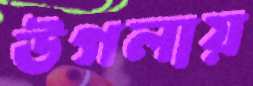
উগলায়